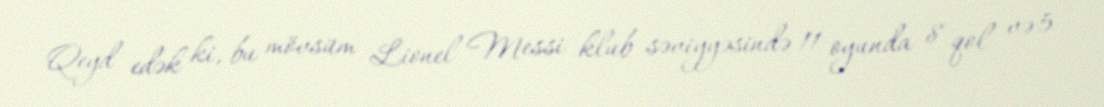
Qeyd edək ki, bu mövsüm Lionel Messi klub səviyyəsində 11 oyunda 8 qol və 5